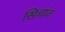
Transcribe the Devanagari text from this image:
खिचांव